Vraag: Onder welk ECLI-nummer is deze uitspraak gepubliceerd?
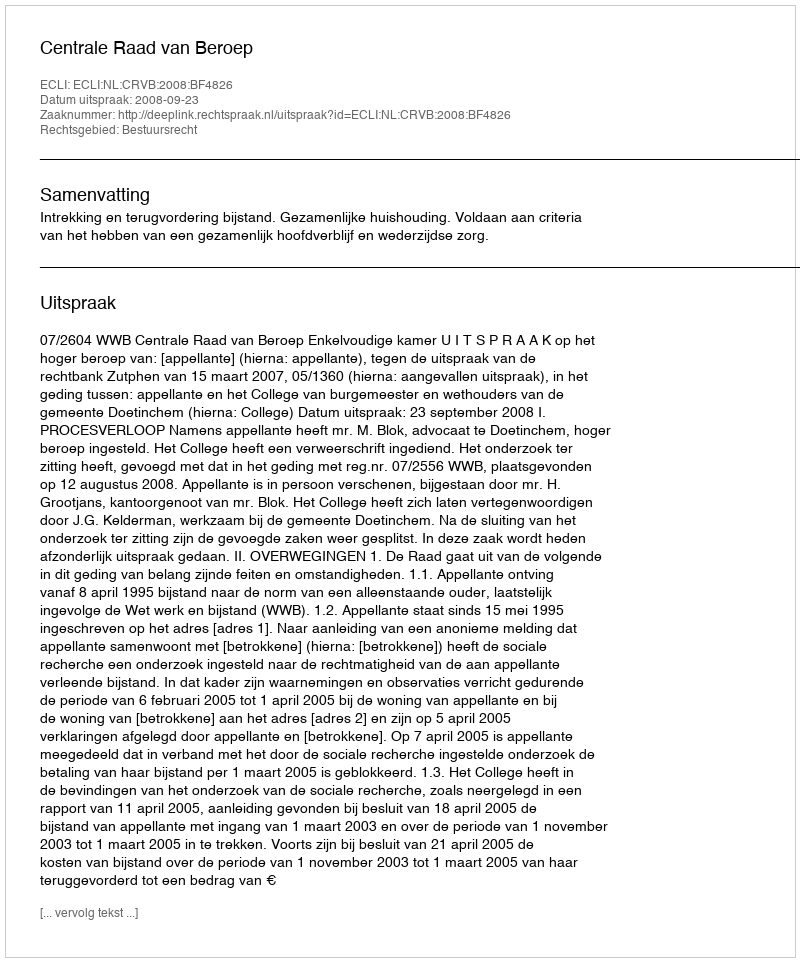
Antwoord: ECLI:NL:CRVB:2008:BF4826